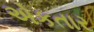
એકતાર